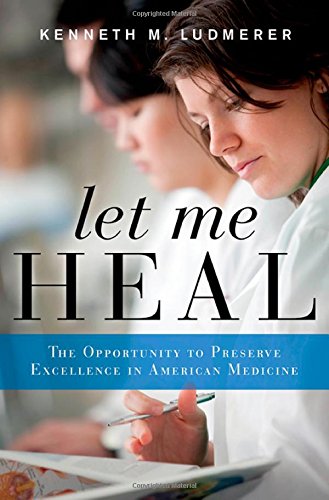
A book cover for Let Me Heal: The Opportunity to Preserve Excellence in American Medicine; Kenneth M. Ludmerer; Medical Books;